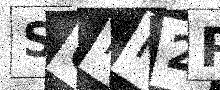
Text: S6MK2R